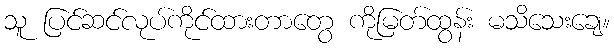
သူ ပြင်ဆင်လုပ်ကိုင်ထားတာတွေ ကိုမြတ်ထွန်း မသိသေးချေ။